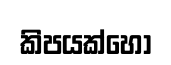
කිපයක්හෝ